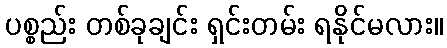
ပစ္စည်း တစ်ခုချင်း ရှင်းတမ်း ရနိုင်မလား။